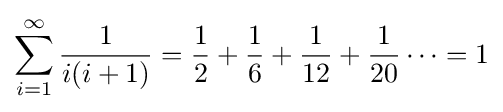
\sum _{i=1}^{\infty }{\frac {1}{i(i+1)}}={\frac {1}{2}}+{\frac {1}{6}}+{\frac {1}{12}}+{\frac {1}{20}}\cdots =1